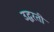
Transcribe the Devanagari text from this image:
उद्धरती